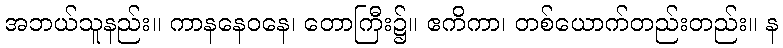
အဘယ်သူနည်း။ ကာနနေဝနေ၊ တောကြီး၌။ ဧကိကာ၊ တစ်ယောက်တည်းတည်း။ န